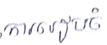
ការរៀបចំ